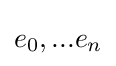
e_{0},...e_{n}